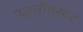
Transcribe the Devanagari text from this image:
पद्धतींनुसार